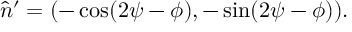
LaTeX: \hat { n } ^ { \prime } = ( - \cos ( 2 \psi - \phi ) , - \sin ( 2 \psi - \phi ) ) .